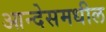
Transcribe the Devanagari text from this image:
आन्देसमधील